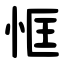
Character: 恇